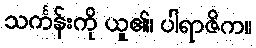
သင်္ကန်းကို ယူ၏၊ ပါရာဇိက။